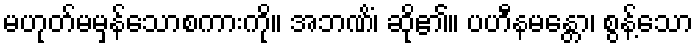
မဟုတ်မမှန်သောစကားကို။ အဘဏိံ၊ ဆို၏။ ပဟီနမန္တော၊ စွန့်သော